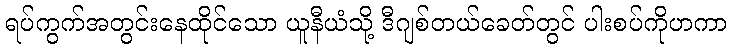
ရပ်ကွက်အတွင်းနေထိုင်သော ယူနီယံသို့ ဒီဂျစ်တယ်ခေတ်တွင် ပါးစပ်ကိုဟကာ